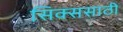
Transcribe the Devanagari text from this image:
सिक्ससाठी